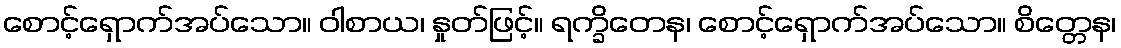
စောင့်ရှောက်အပ်သော။ ဝါစာယ၊ နှုတ်ဖြင့်။ ရက္ခိတေန၊ စောင့်ရှောက်အပ်သော။ စိတ္တေန၊